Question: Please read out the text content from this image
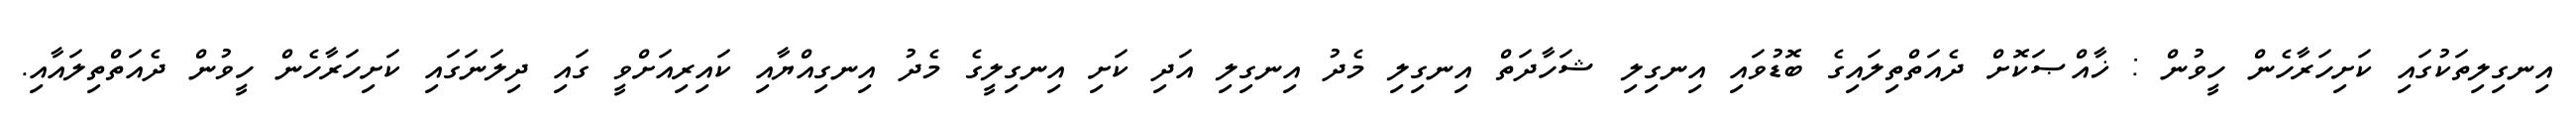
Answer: އިނގިލިތަކުގައި ކަށިހަރާހެން ހީވުން : ޚާއްޞަކޮށް ދެއަތްތިލައިގެ ބޮޑުވައި އިނގިލި ޝަހާދަތް އިނގިލި މެދު އިނގިލި އަދި ކަށި އިނގިލީގެ މެދު އިނގިއްޔާއި ކައިރިއަށްވީ ގައި ދިލަނަގައި ކަށިހަރާހެން ހީވުން ދެއަތްތިލައާއި.